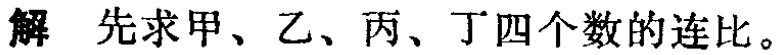
解 先求甲、乙、丙、丁四个数的连比。